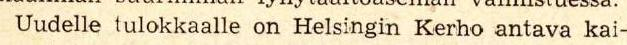
 Uudelle tulokkaalle on Helsingin Kerho antava kai-